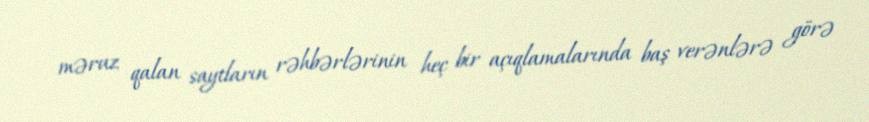
məruz qalan saytların rəhbərlərinin heç bir açıqlamalarında baş verənlərə görə